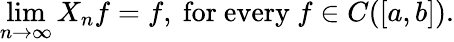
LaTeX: \operatorname*{lim}_{n\to\infty}X_{n}f=f,{\mathrm{~for~every~}}f\in C([a,b]).